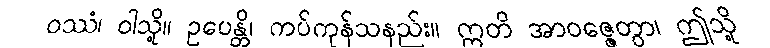
ဝဿံ၊ ဝါသို့။ ဥပေန္တိ၊ ကပ်ကုန်သနည်း။ ဣတိ အာဝဇ္ဇေတွာ၊ ဤသို့